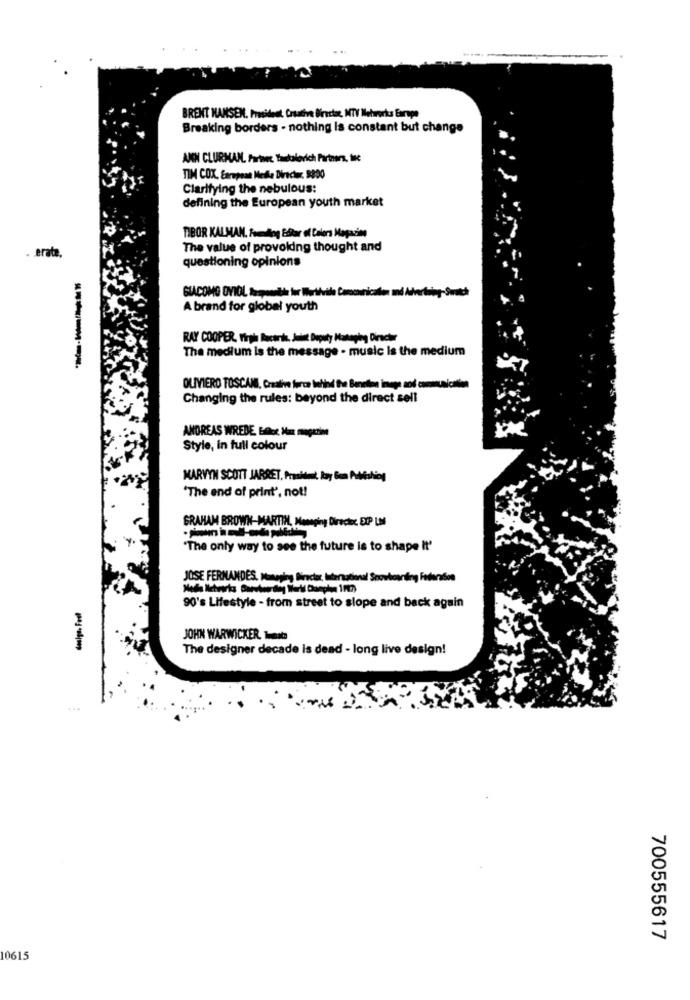
BRENT HANSEN, President Creative Director, MTV Networks Europe
Breaking borders - nothing is constant but change
ANN CLURMAN, Farinec Tantalovich Partners, tlc
TIM COX. Earnpean Media Director. 9890
Clarifying the nebulous:
defining the European youth market
TIBOR KALMAN, fouling Estar of Colors Magazine
The value of provoldng thought and
. erate,
questioning opinions
GIACOMO OVIOL Respondi for Worthvide Ca
A brand for global youth
RAY COOPER, Yirph Records. Juist Deputy Managing Director
The medium is the message - music is the medium
OLIVIERO TOSCANI, Craalive furca Ifind the Beneden inego and communication
Changing the rules: beyond the direct sell
ANDREAS WREDE, Eller Man magazine
Style, in full colour
MARVIN SCOTT JARRET, President, Bay Gon Publishing
'The end of print', not!
GRAHAM BROWN-MARTIN, Managing Director EXP LM
"The only way to see the future is to shape It'
JOSE FERNANDES, Managing Director, International Snowboarding Federabon
90's Lifestyle - from street to slope and back again
dosigs. Feel
JOHN WARWICKER, Tomate
The designer decade is dead - long live design!
4.4.4
700555617
10615